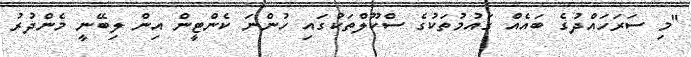
"މި ސަރަހައްދުގެ ބައެއް ގައުމުތަކުގެ ސްކޫލްތަކުގައި ހުންނަ ކެންޓީން އިން ލިބޭނީ މެންދުރު